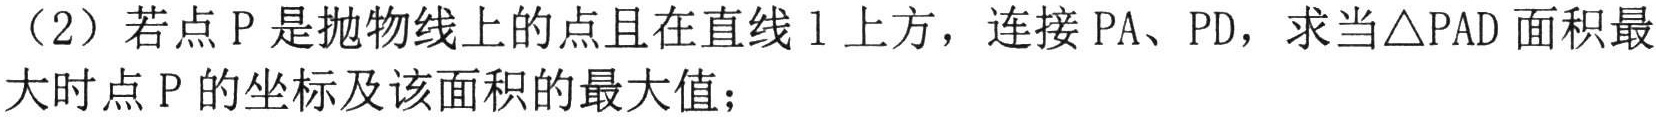
（2）若点\(P\)是抛物线上的点且在直线\(l\)上方，连接\(PA\)、\(PD\)，求当\(\triangle PAD\)面积最
大时点\(P\)的坐标及该面积的最大值；